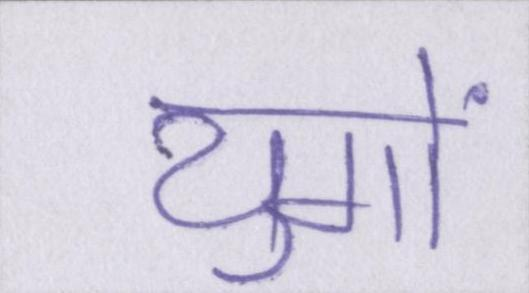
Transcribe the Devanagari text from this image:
युगों